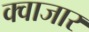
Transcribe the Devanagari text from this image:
क्वाजार